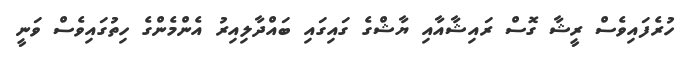
ހުރެފައިވެސް ރީޝާ ގޮސް ރައިޝާއާއި ޔާޝްގެ ގައިގައި ބައްދާލިއިރު އެންމެންގެ ހިތުގައިވެސް ވަނީ